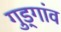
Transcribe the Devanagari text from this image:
गुड्गांव